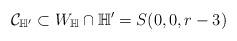
LaTeX: \begin{align*}\mathcal{C}_{\mathbb{H}'} \subset W_\mathbb{H} \cap \mathbb{H}' =S(0,0,r-3)\end{align*}